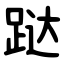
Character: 跶